Bombay plague: being a history of the progress of plague in the Bombay presidency from September 1896 to June 1899
Year: 1896
Disease focus: Plague
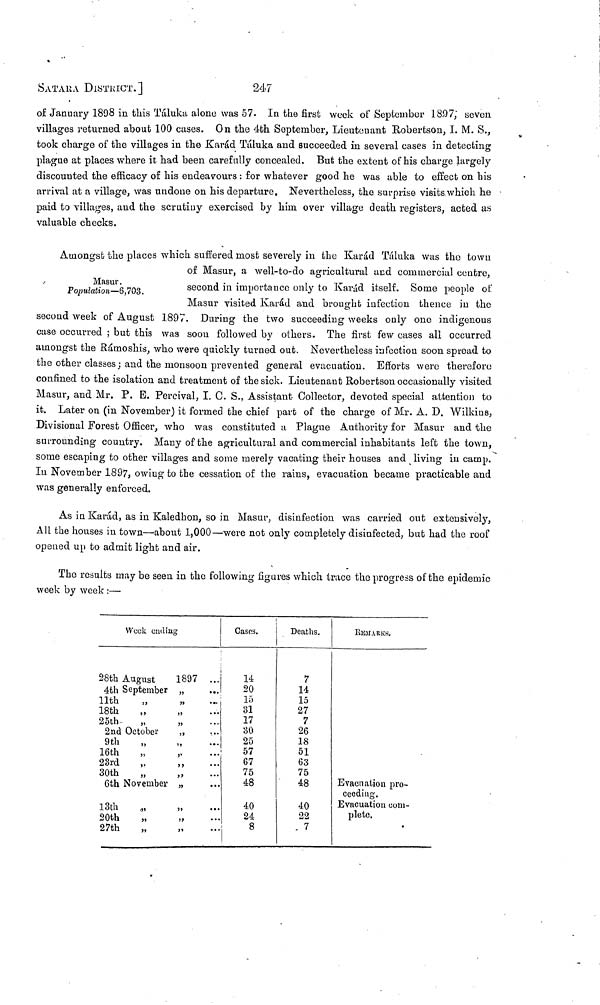
SATARA DISTRICT.]
247
of January 1898 in this Táluka alone was 57. In the first week of September 1897,' seven
villages returned about 100 cases. On the 4th September, Lieutenant Robertson, I. M. S.,
took charge of the villages in the Karád Táluka and succeeded in several cases in detecting
plague at places where it had been carefully concealed. But the extent of his charge largely
discounted the efficacy of his endeavours : for whatever good he was able to effect on his
arrival at a village, was undone on his departure. Nevertheless, the surprise visits which he
paid to villages, and the scrutiny exercised by him over village death registers, acted as
valuable checks.
Amongst the places which suffered most severely in the Karád Táluka was the town
Masur.
Population—6,703.
of Masur, a well-to-do agricultural and commercial centre,
second in importance only to Karád itself. Some people of
Masur visited Karád and brought infection thence in the
second week of August 1897. During the two succeeding weeks only one indigenous
case occurred ; but this was soon followed by others. The first few cases all occurred
amongst the Rámoshis, who were quickly turned out. Nevertheless infection soon spread to
the other classes; and the monsoon prevented general evacuation. Efforts were therefore
confined to the isolation and treatment of the sick. Lieutenant Robertson occasionally visited
Masur, and Mr. P. E. Percival, I. C. S., Assistant Collector, devoted special attention to
it. Later on (in November) it formed the chief part of the charge of Mr. A. D. Wilkins,
Divisional Forest Officer, who was constituted a Plague Authority for Masur and the
surrounding country. Many of the agricultural and commercial inhabitants left the town,
some escaping to other villages and some merely vacating their houses and living in camp.
In November 1897, owing to the cessation of the rains, evacuation became practicable and
was generally enforced.
As in Karád, as in Kaledhon, so in Masur, disinfection was carried out extensively,
All the houses in town—about 1,000—were not only completely disinfected, but had the roof
opened up to admit light and air.
The results may be seen in the following figures which trace the progress of the epidemic
week by week :—
Week ending
28th August
4th September
11th ,,
18th ,,
25th ,,
2nd October
9th „
16th „
23rd „
30th
„
6th November
13th
,,
20th
„
27th
„
1897
,,
,,
,,
,,
,,
,,
,,
,,
,,
„
„
...
...
...
...
...
...
...
...
...
...
...
Cases.
14
20
15
31
17
80
25
57
67
75
48
40
24
8
Deaths.
7
14
15
27
7
26
18
51
63
75
48
40
22
7
REMARKS.
Evacuation pro-
ceeding.
Evacuation com-
plete.